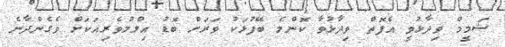
ޝަމީމް ވިދާޅުވީ އެފޮތް ވިދާޅުވާ ކޮންމެ ބޭފުޅަކު ވަރަށް ބޮޑު އިލްމުވެރިއަކަށް ވެގެންދާނެ